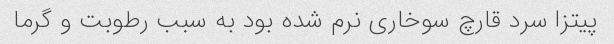
پیتزا سرد قارچ سوخاری نرم شده بود به سبب رطوبت و گرما